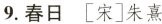
9.春日[宋]朱熹